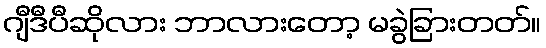
ဂျီဒီပီဆိုလား ဘာလားတော့ မခွဲခြားတတ်။